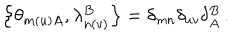
LaTeX: \left\{ \theta _ { m ( u ) A } , \lambda _ { n ( v ) } ^ { B } \right\} = \delta _ { m n } \delta _ { u v } \delta _ { A } ^ { B } \, .